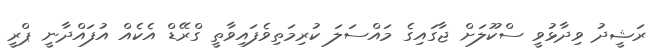
ރަޝީދު ވިދާޅުވީ ސްކޫލަށް ޖާގައިގެ މައްސަލަ ކުރިމަތިވެފައިވާތީ ގްރޭޑް އެކެއް އުފައްދާނީ ޕްރީ